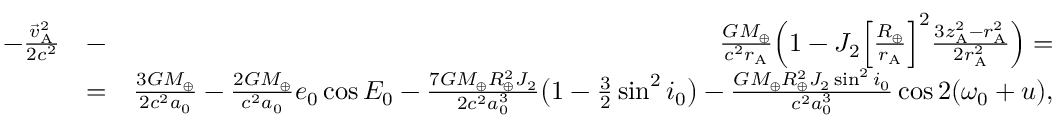
\begin{array} { r l r } { - \frac { { \vec { v } } _ { \mathrm { A } } ^ { 2 } } { 2 c ^ { 2 } } } & { - } & { \frac { G M _ { \oplus } } { c ^ { 2 } r _ { \mathrm { A } } } \Big ( 1 - J _ { 2 } \Big [ \frac { R _ { \oplus } } { r _ { \mathrm { A } } } \Big ] ^ { 2 } \frac { 3 z _ { \mathrm { A } } ^ { 2 } - r _ { \mathrm { A } } ^ { 2 } } { 2 r _ { \mathrm { A } } ^ { 2 } } \Big ) = } \\ & { = } & { \frac { 3 G M _ { \oplus } } { 2 c ^ { 2 } a _ { 0 } } - \frac { 2 G M _ { \oplus } } { c ^ { 2 } a _ { 0 } } e _ { 0 } \cos { \cal E } _ { 0 } - \frac { 7 G M _ { \oplus } R _ { \oplus } ^ { 2 } J _ { 2 } } { 2 c ^ { 2 } a _ { 0 } ^ { 3 } } \big ( 1 - { \textstyle \frac { 3 } { 2 } } \sin ^ { 2 } i _ { 0 } \big ) - \frac { G M _ { \oplus } R _ { \oplus } ^ { 2 } J _ { 2 } \sin ^ { 2 } i _ { 0 } } { c ^ { 2 } a _ { 0 } ^ { 3 } } \cos 2 ( \omega _ { 0 } + u ) , } \end{array}